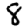
Digit: 8